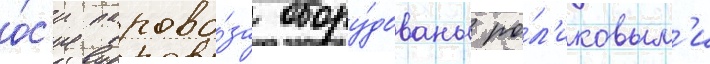
о́с'и парово́за обору́дованы ро́л'иковым'и